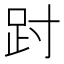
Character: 𫏀